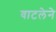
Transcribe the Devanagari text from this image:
वाटलेने